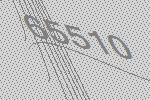
65510